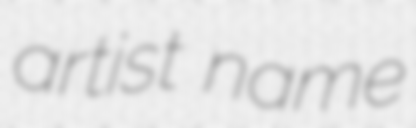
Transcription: artist name